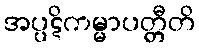
အပ္ပဋိကမ္မာပတ္တီတိ